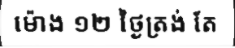
ម៉ោង ១២ ថ្ងៃត្រង់ តែ